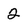
Character: 2